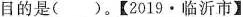
目的是()。【2019·临沂市】